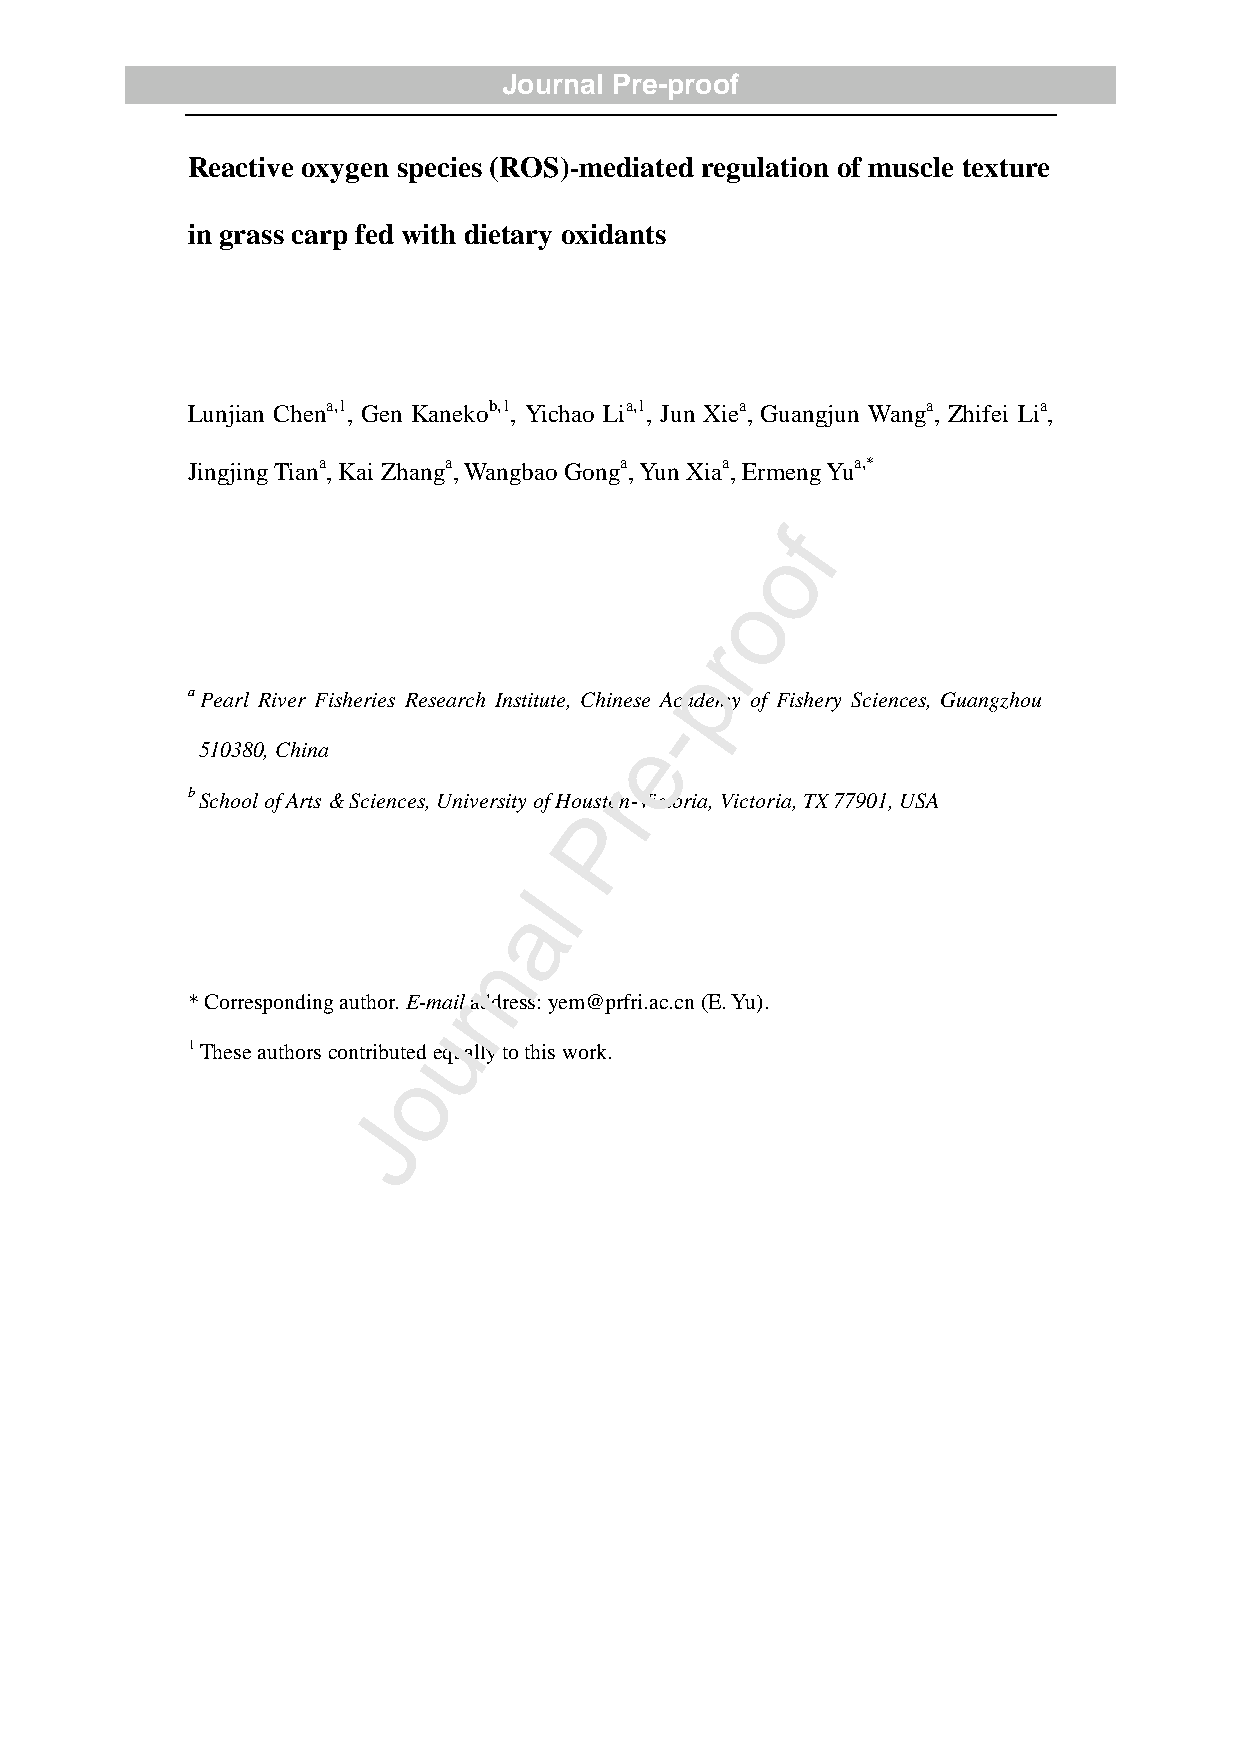
Journal Pre-proof
 Reactive oxygen species (ROS)-mediated regulation of muscle texture
 in grass carp fed with dietary oxidants
 Lunjian Chena,1, Gen Kanekob,1, Yichao Lia,1, Jun Xiea, Guangjun Wanga, Zhifei Lia,
 Jingjing Tiana, Kai Zhanga, Wangbao Gonga, Yun Xiaa, Ermeng Yua,*
 f
 o
 o
 r
 p
 a Pearl River Fisheries Research Institute, Chinese Academy of Fishery Sciences, Guangzhou
 -
 e
 510380, China
 r
 b School of Arts & Sciences, University of Houston-Victoria, Victoria, TX 77901, USA
 P
 l
 a
 n
 * Corresponding author. E-maril address: yem@prfri.ac.cn (E. Yu).
 u
 1 These authors contributed equally to this work.
 o
 J